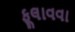
ફૂલાવવા